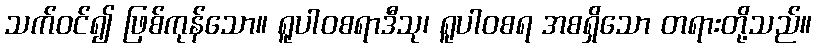
သက်ဝင်၍ ဖြစ်ကုန်သော။ ရူပါဝစရာဒီသု၊ ရူပါဝစရ အစရှိသော တရားတို့သည်။